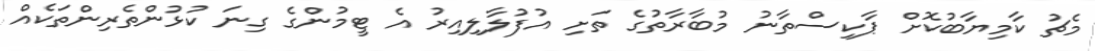
މެޗު ކާމިޔާބުކޮށް ޕާކިސްތާނު މުބާރާތުގެ ތަށި އުފުލާލިއިރު އެ ޓީމުންގެ ގިނަ ކުޅުންތެރިންތަކެއް